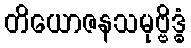
တိယောဇနသမုဗ္ဗိဒ္ဓံ